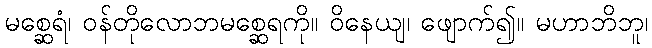
မစ္ဆေရံ၊ ဝန်တိုလောဘမစ္ဆေရကို။ ဝိနေယျ၊ ဖျောက်၍။ မဟာဘိဘူ၊